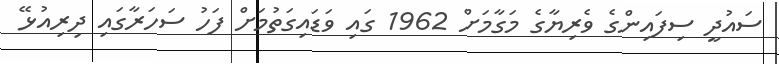
ސައުދީ ސިފައިންގެ ވެރިޔާގެ މަގާމަށް 1962 ގައި ވަޑައިގަތުމަށް ފަހު ސަހަރާގައި ދިރިއުޅޭ